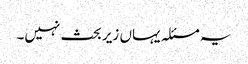
یہ مسئلہ یہاں زیر بحث نہیں۔